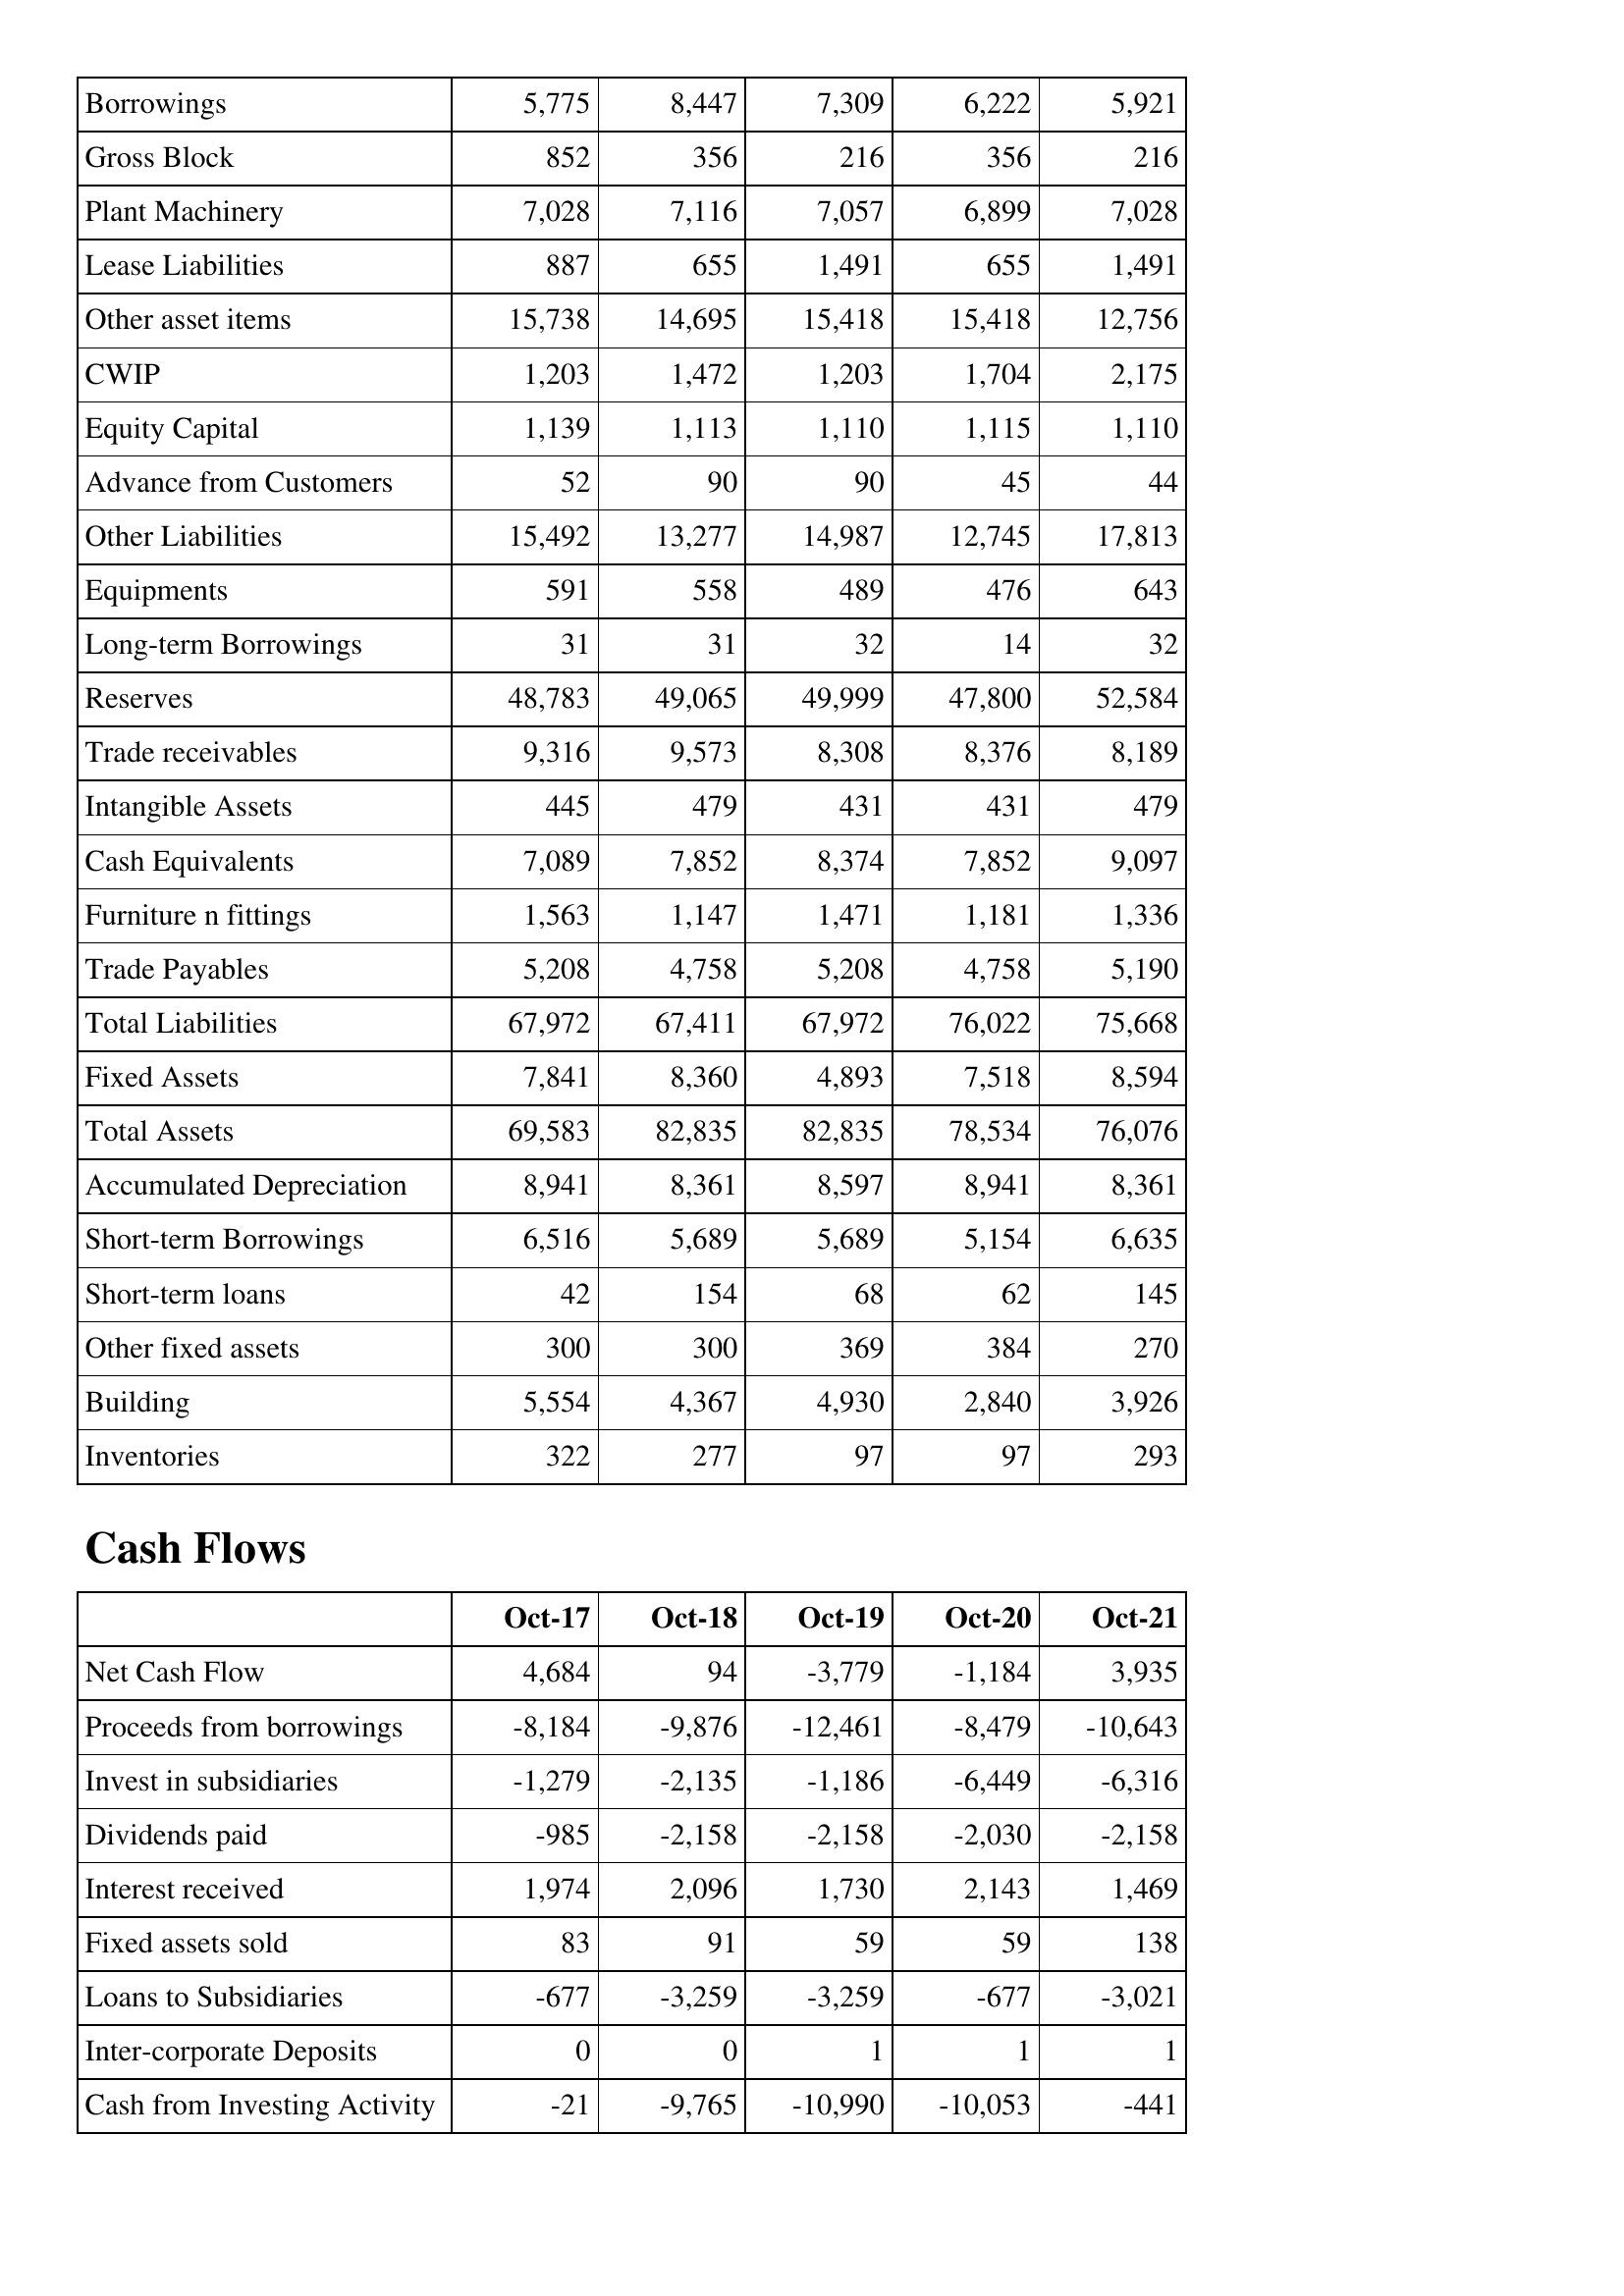
Oct-17: Balance Sheet: Borrowings: 5,775
Gross Block: 852
Plant Machinery: 7,028
Lease Liabilities: 887
Other asset items: 15,738
CWIP: 1,203
Equity Capital: 1,139
Advance from Customers: 52
Other Liabilities: 15,492
Equipments: 591
Long-term Borrowings: 31
Reserves: 48,783
Trade receivables: 9,316
Intangible Assets: 445
Cash Equivalents: 7,089
Furniture n fittings: 1,563
Trade Payables: 5,208
Total Liabilities: 67,972
Fixed Assets: 7,841
Total Assets: 69,583
Accumulated Depreciation: 8,941
Short-term Borrowings: 6,516
Short-term loans: 42
Other fixed assets: 300
Building: 5,554
Inventories: 322
Cash Flows: Net Cash Flow: 4,684
Proceeds from borrowings: -8,184
Invest in subsidiaries: -1,279
Dividends paid: -985
Interest received: 1,974
Fixed assets sold: 83
Loans to Subsidiaries: -677
Inter-corporate Deposits: 0
Cash from Investing Activity: -21
Oct-18: Balance Sheet: Borrowings: 8,447
Gross Block: 356
Plant Machinery: 7,116
Lease Liabilities: 655
Other asset items: 14,695
CWIP: 1,472
Equity Capital: 1,113
Advance from Customers: 90
Other Liabilities: 13,277
Equipments: 558
Long-term Borrowings: 31
Reserves: 49,065
Trade receivables: 9,573
Intangible Assets: 479
Cash Equivalents: 7,852
Furniture n fittings: 1,147
Trade Payables: 4,758
Total Liabilities: 67,411
Fixed Assets: 8,360
Total Assets: 82,835
Accumulated Depreciation: 8,361
Short-term Borrowings: 5,689
Short-term loans: 154
Other fixed assets: 300
Building: 4,367
Inventories: 277
Cash Flows: Net Cash Flow: 94
Proceeds from borrowings: -9,876
Invest in subsidiaries: -2,135
Dividends paid: -2,158
Interest received: 2,096
Fixed assets sold: 91
Loans to Subsidiaries: -3,259
Inter-corporate Deposits: 0
Cash from Investing Activity: -9,765
Oct-19: Balance Sheet: Borrowings: 7,309
Gross Block: 216
Plant Machinery: 7,057
Lease Liabilities: 1,491
Other asset items: 15,418
CWIP: 1,203
Equity Capital: 1,110
Advance from Customers: 90
Other Liabilities: 14,987
Equipments: 489
Long-term Borrowings: 32
Reserves: 49,999
Trade receivables: 8,308
Intangible Assets: 431
Cash Equivalents: 8,374
Furniture n fittings: 1,471
Trade Payables: 5,208
Total Liabilities: 67,972
Fixed Assets: 4,893
Total Assets: 82,835
Accumulated Depreciation: 8,597
Short-term Borrowings: 5,689
Short-term loans: 68
Other fixed assets: 369
Building: 4,930
Inventories: 97
Cash Flows: Net Cash Flow: -3,779
Proceeds from borrowings: -12,461
Invest in subsidiaries: -1,186
Dividends paid: -2,158
Interest received: 1,730
Fixed assets sold: 59
Loans to Subsidiaries: -3,259
Inter-corporate Deposits: 1
Cash from Investing Activity: -10,990
Oct-20: Balance Sheet: Borrowings: 6,222
Gross Block: 356
Plant Machinery: 6,899
Lease Liabilities: 655
Other asset items: 15,418
CWIP: 1,704
Equity Capital: 1,115
Advance from Customers: 45
Other Liabilities: 12,745
Equipments: 476
Long-term Borrowings: 14
Reserves: 47,800
Trade receivables: 8,376
Intangible Assets: 431
Cash Equivalents: 7,852
Furniture n fittings: 1,181
Trade Payables: 4,758
Total Liabilities: 76,022
Fixed Assets: 7,518
Total Assets: 78,534
Accumulated Depreciation: 8,941
Short-term Borrowings: 5,154
Short-term loans: 62
Other fixed assets: 384
Building: 2,840
Inventories: 97
Cash Flows: Net Cash Flow: -1,184
Proceeds from borrowings: -8,479
Invest in subsidiaries: -6,449
Dividends paid: -2,030
Interest received: 2,143
Fixed assets sold: 59
Loans to Subsidiaries: -677
Inter-corporate Deposits: 1
Cash from Investing Activity: -10,053
Oct-21: Balance Sheet: Borrowings: 5,921
Gross Block: 216
Plant Machinery: 7,028
Lease Liabilities: 1,491
Other asset items: 12,756
CWIP: 2,175
Equity Capital: 1,110
Advance from Customers: 44
Other Liabilities: 17,813
Equipments: 643
Long-term Borrowings: 32
Reserves: 52,584
Trade receivables: 8,189
Intangible Assets: 479
Cash Equivalents: 9,097
Furniture n fittings: 1,336
Trade Payables: 5,190
Total Liabilities: 75,668
Fixed Assets: 8,594
Total Assets: 76,076
Accumulated Depreciation: 8,361
Short-term Borrowings: 6,635
Short-term loans: 145
Other fixed assets: 270
Building: 3,926
Inventories: 293
Cash Flows: Net Cash Flow: 3,935
Proceeds from borrowings: -10,643
Invest in subsidiaries: -6,316
Dividends paid: -2,158
Interest received: 1,469
Fixed assets sold: 138
Loans to Subsidiaries: -3,021
Inter-corporate Deposits: 1
Cash from Investing Activity: -441